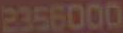
2356000